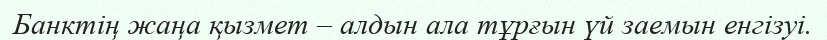
Банктің жаңа қызмет – алдын ала тұрғын үй заемын енгізуі.